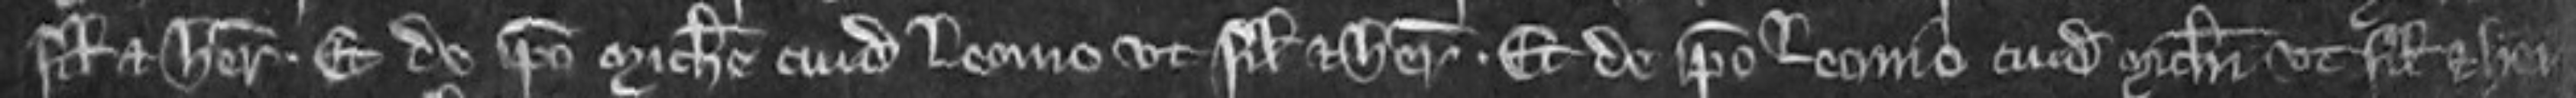
filio et heredi. et de ipso Michaele cuidam Leonio ut filio et heredi. et de ipso Leonio cuidam Michaeli ut filio et heredi